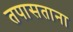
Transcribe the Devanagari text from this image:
तपासताना